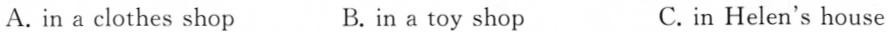
A. in a clothes shop B.in a toy shop C. in Helen's house